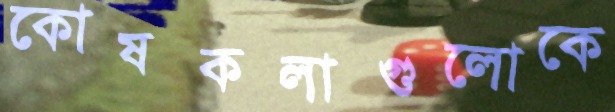
কোষকলাগুলোকে